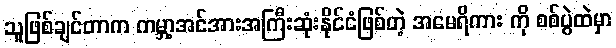
သူဖြစ်ချင်တာက ကမ္ဘာ့အင်အားအကြီးဆုံးနိုင်ငံဖြစ်တဲ့ အမေရိကား ကို စစ်ပွဲထဲမှာ